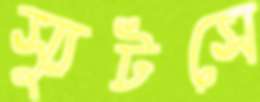
স্যুটসে